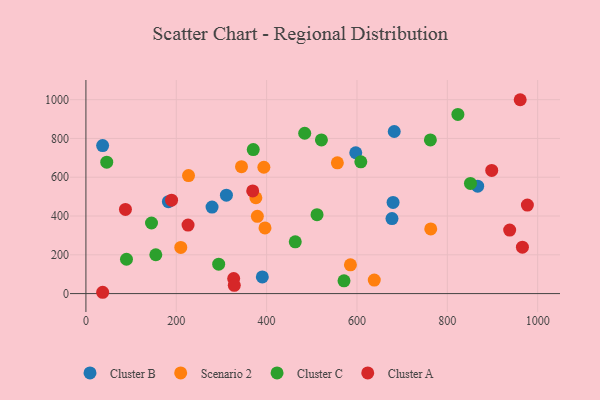
{"axis": {"x": "Distance", "y": "Profit"}, "legend": ["Cluster A", "Cluster B", "Cluster C", "Scenario 2"], "data": [{"x": "279.2", "y": 445.9, "type": "Cluster B"}, {"x": "677.5", "y": 386.6, "type": "Cluster B"}, {"x": "679.9", "y": 470.2, "type": "Cluster B"}, {"x": "37.0", "y": 763.1, "type": "Cluster B"}, {"x": "597.3", "y": 726.4, "type": "Cluster B"}, {"x": "311.0", "y": 507.7, "type": "Cluster B"}, {"x": "867.2", "y": 554.1, "type": "Cluster B"}, {"x": "682.5", "y": 835.9, "type": "Cluster B"}, {"x": "182.5", "y": 474.0, "type": "Cluster B"}, {"x": "390.5", "y": 86.2, "type": "Cluster B"}, {"x": "210.0", "y": 238.0, "type": "Scenario 2"}, {"x": "396.4", "y": 338.7, "type": "Scenario 2"}, {"x": "344.4", "y": 654.3, "type": "Scenario 2"}, {"x": "376.2", "y": 494.2, "type": "Scenario 2"}, {"x": "763.3", "y": 333.7, "type": "Scenario 2"}, {"x": "379.5", "y": 398.7, "type": "Scenario 2"}, {"x": "393.9", "y": 651.5, "type": "Scenario 2"}, {"x": "227.1", "y": 608.8, "type": "Scenario 2"}, {"x": "638.3", "y": 69.9, "type": "Scenario 2"}, {"x": "585.5", "y": 148.1, "type": "Scenario 2"}, {"x": "556.6", "y": 674.4, "type": "Scenario 2"}, {"x": "463.4", "y": 267.1, "type": "Cluster C"}, {"x": "851.2", "y": 567.9, "type": "Cluster C"}, {"x": "511.6", "y": 406.8, "type": "Cluster C"}, {"x": "484.3", "y": 826.8, "type": "Cluster C"}, {"x": "571.3", "y": 66.0, "type": "Cluster C"}, {"x": "370.4", "y": 742.9, "type": "Cluster C"}, {"x": "145.2", "y": 364.0, "type": "Cluster C"}, {"x": "89.8", "y": 177.2, "type": "Cluster C"}, {"x": "823.4", "y": 923.8, "type": "Cluster C"}, {"x": "154.7", "y": 200.4, "type": "Cluster C"}, {"x": "293.9", "y": 151.9, "type": "Cluster C"}, {"x": "521.3", "y": 792.6, "type": "Cluster C"}, {"x": "46.1", "y": 677.7, "type": "Cluster C"}, {"x": "762.5", "y": 792.6, "type": "Cluster C"}, {"x": "608.5", "y": 679.6, "type": "Cluster C"}, {"x": "327.1", "y": 77.4, "type": "Cluster A"}, {"x": "189.6", "y": 481.5, "type": "Cluster A"}, {"x": "87.5", "y": 433.9, "type": "Cluster A"}, {"x": "977.2", "y": 456.3, "type": "Cluster A"}, {"x": "369.2", "y": 529.6, "type": "Cluster A"}, {"x": "898.3", "y": 634.9, "type": "Cluster A"}, {"x": "961.3", "y": 999.7, "type": "Cluster A"}, {"x": "226.1", "y": 353.4, "type": "Cluster A"}, {"x": "328.4", "y": 42.7, "type": "Cluster A"}, {"x": "966.2", "y": 239.5, "type": "Cluster A"}, {"x": "938.0", "y": 327.7, "type": "Cluster A"}, {"x": "37.1", "y": 6.8, "type": "Cluster A"}]}